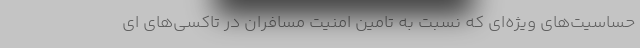
حساسیت‌های ویژه‌ای که نسبت به تامین امنیت مسافران در تاکسی‌های ای